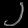
Digit: ၂